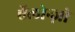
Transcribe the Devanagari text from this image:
ऍलोन्ज़ो